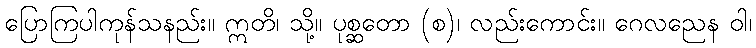
ပြောကြပါကုန်သနည်း။ ဣတိ၊ သို့။ ပုစ္ဆတော (စ)၊ လည်းကောင်း။ ဂေလညေန ဝါ၊